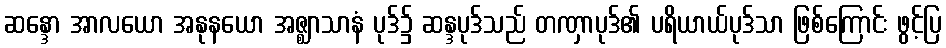
ဆန္ဒော အာလယော အနုနယော အဇ္ဈာသာနံ ပုဒ်၌ ဆန္ဒပုဒ်သည် တဏှာပုဒ်၏ ပရိယာယ်ပုဒ်သာ ဖြစ်ကြောင်း ဖွင့်ပြ